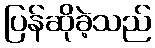
ပြန်ဆိုခဲ့သည်